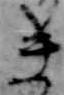
き